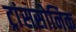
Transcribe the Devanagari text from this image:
ट्रांससोनिक